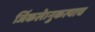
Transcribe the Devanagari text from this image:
जिंकले।नुकत्याच